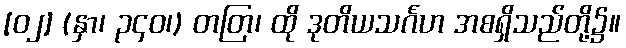
[၀၂] (နှာ၊ ၃၄၀၊) တတြ၊ ထို ဒုတိယသင်္ဂဟ အစရှိသည်တို့၌။